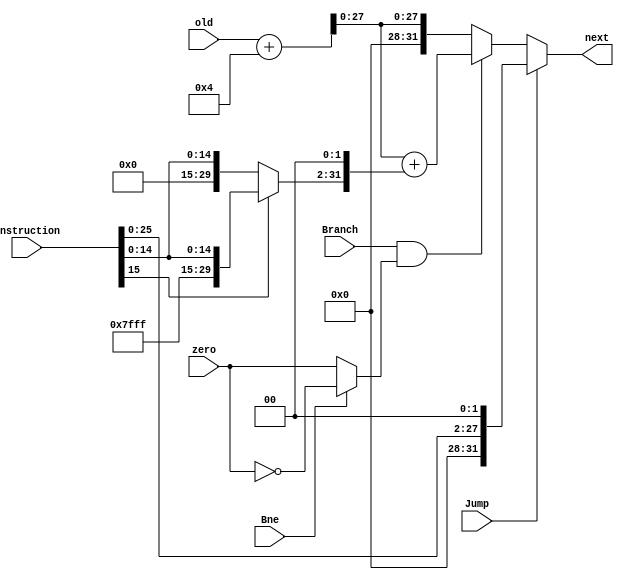
`timescale 1ns / 1ps
//////////////////////////////////////////////////////////////////////////////////
// 
// Design Name: 
// Module Name: Next_pc
// Project Name: MIPS
// Target Devices: 
// Tool Versions: 
// Description: 
// 
// Dependencies: 
// 
// Revision:
// Revision 0.01 - File Created
// Additional Comments:
// 
//////////////////////////////////////////////////////////////////////////////////


module Next_pc (
    input [31:0] old,  // the original program addr.
    input [31:0] instruction,  // the original instruction
    // [15-0] used for sign-extention
    // [25-0] used for shift-left-2
    input Jump,
    input Branch,
    input Bne,
    input zero,
    output reg [31:0] next
);

  reg [31:0] sign_ext;
  reg [31:0] old_alter;  // pc+4
  reg [31:0] jump;  // jump addr.
  reg zero_alter;

  initial begin
    next = 32'b0;
  end

  always @(old) begin
    old_alter = old + 4;
  end

  always @(zero, Bne) begin
    zero_alter = zero;
    if (Bne == 1) begin
      zero_alter = !zero_alter;
    end
  end

  always @(instruction) begin
    // jump-shift-left
    jump = {4'b0, instruction[25:0], 2'b0};

    // sign-extension
    if (instruction[15] == 1'b0) begin
      sign_ext = {16'b0, instruction[15:0]};
    end else begin
      sign_ext = {{16{1'b1}}, instruction[15:0]};
    end
    sign_ext = {sign_ext[29:0], 2'b0};  // shift left
  end

  always @(instruction or old_alter or jump) begin
    jump = {old_alter[31:28], jump[27:0]};
  end

  always @(old_alter, sign_ext, jump, Branch, zero_alter, Jump) begin
    // assign next program counter value
    if (Branch == 1 & zero_alter == 1) begin
      next = old_alter + sign_ext;
    end else begin
      next = old_alter;
    end
    if (Jump == 1) begin
      next = jump;
    end
  end

endmodule